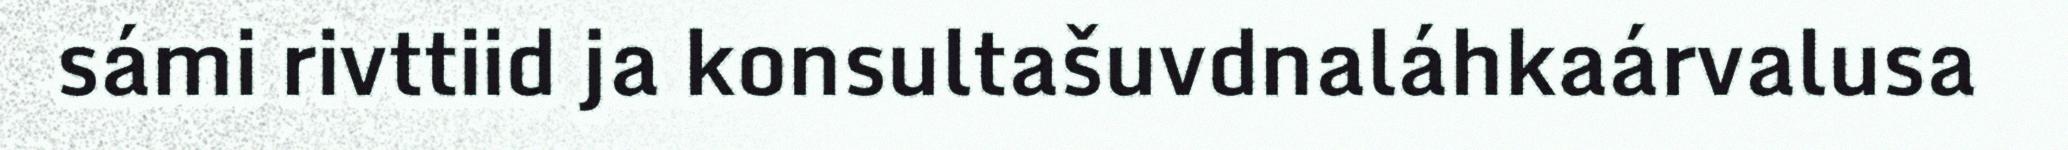
sámi rivttiid ja konsultašuvdnaláhkaárvalusa